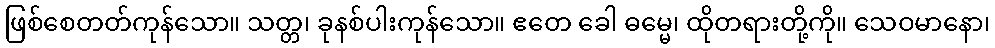
ဖြစ်စေတတ်ကုန်သော။ သတ္တ၊ ခုနစ်ပါးကုန်သော။ ဧတေ ခေါ ဓမ္မေ၊ ထိုတရားတို့ကို။ သေဝမာနော၊